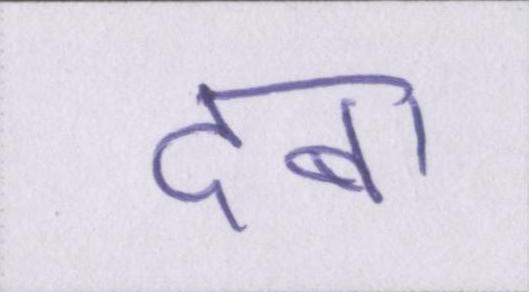
दबा